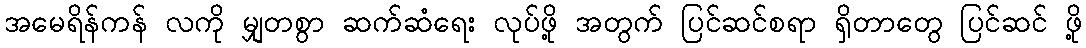
အမေရိန်ကန် လကို မျှတစွာ ဆက်ဆံရေး လုပ်ဖို့ အတွက် ပြင်ဆင်စရာ ရှိတာတွေ ပြင်ဆင် ဖို့